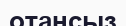
отансыз